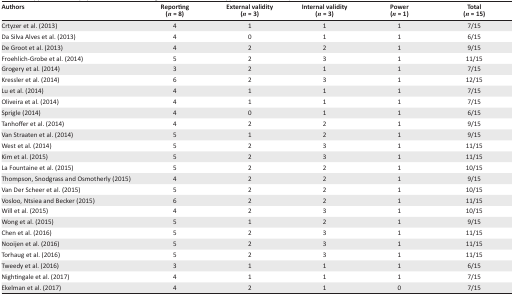
<table><thead><tr><td><b>Authors</b></td><td><b>Reporting (<i>n</i> = 8)</b></td><td><b>External validity (<i>n</i> = 3)</b></td><td><b>Internal validity (<i>n</i> = 3)</b></td><td><b>Power (<i>n</i> = 1)</b></td><td><b>Total (<i>n</i> = 15)</b></td></tr></thead><tbody><tr><td>Crtyzer et al. (2013)</td><td>4</td><td>1</td><td>1</td><td>1</td><td>7/15</td></tr><tr><td>Da Silva Alves et al. (2013)</td><td>4</td><td>0</td><td>1</td><td>1</td><td>6/15</td></tr><tr><td>De Groot et al. (2013)</td><td>4</td><td>2</td><td>2</td><td>1</td><td>9/15</td></tr><tr><td>Froehlich-Grobe et al. (2014)</td><td>5</td><td>2</td><td>3</td><td>1</td><td>11/15</td></tr><tr><td>Grogery et al. (2014)</td><td>3</td><td>2</td><td>1</td><td>1</td><td>7/15</td></tr><tr><td>Kressler et al. (2014)</td><td>6</td><td>2</td><td>3</td><td>1</td><td>12/15</td></tr><tr><td>Lu et al. (2014)</td><td>4</td><td>1</td><td>1</td><td>1</td><td>7/15</td></tr><tr><td>Oliveira et al. (2014)</td><td>4</td><td>1</td><td>1</td><td>1</td><td>7/15</td></tr><tr><td>Sprigle (2014)</td><td>4</td><td>0</td><td>1</td><td>1</td><td>6/15</td></tr><tr><td>Tanhoffer et al. (2014)</td><td>4</td><td>2</td><td>2</td><td>1</td><td>9/15</td></tr><tr><td>Van Straaten et al. (2014)</td><td>5</td><td>1</td><td>2</td><td>1</td><td>9/15</td></tr><tr><td>West et al. (2014)</td><td>5</td><td>2</td><td>3</td><td>1</td><td>11/15</td></tr><tr><td>Kim et al. (2015)</td><td>5</td><td>2</td><td>3</td><td>1</td><td>11/15</td></tr><tr><td>La Fountaine et al. (2015)</td><td>5</td><td>2</td><td>2</td><td>1</td><td>10/15</td></tr><tr><td>Thompson, Snodgrass and Osmotherly (2015)</td><td>4</td><td>2</td><td>2</td><td>1</td><td>9/15</td></tr><tr><td>Van Der Scheer et al. (2015)</td><td>5</td><td>2</td><td>2</td><td>1</td><td>10/15</td></tr><tr><td>Vosloo, Ntsiea and Becker (2015)</td><td>6</td><td>2</td><td>2</td><td>1</td><td>11/15</td></tr><tr><td>Will et al. (2015)</td><td>4</td><td>2</td><td>3</td><td>1</td><td>10/15</td></tr><tr><td>Wong et al. (2015)</td><td>5</td><td>1</td><td>2</td><td>1</td><td>9/15</td></tr><tr><td>Chen et al. (2016)</td><td>5</td><td>2</td><td>3</td><td>1</td><td>11/15</td></tr><tr><td>Nooijen et al. (2016)</td><td>5</td><td>2</td><td>3</td><td>1</td><td>11/15</td></tr><tr><td>Torhaug et al. (2016)</td><td>5</td><td>2</td><td>3</td><td>1</td><td>11/15</td></tr><tr><td>Tweedy et al. (2016)</td><td>3</td><td>1</td><td>1</td><td>1</td><td>6/15</td></tr><tr><td>Nightingale et al. (2017)</td><td>4</td><td>1</td><td>1</td><td>1</td><td>7/15</td></tr><tr><td>Ekelman et al. (2017)</td><td>4</td><td>2</td><td>1</td><td>0</td><td>7/15</td></tr></tbody></table>